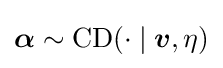
{\boldsymbol {\alpha }}\sim \operatorname {CD} (\cdot \mid {\boldsymbol {v}},\eta )